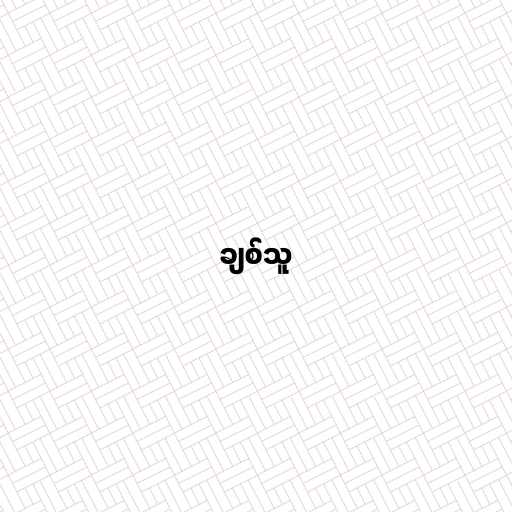
ချစ်သူ